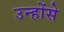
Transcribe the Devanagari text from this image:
उन्होंसे